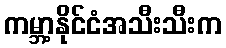
ကမ္ဘာ့နိုင်ငံအသီးသီးက